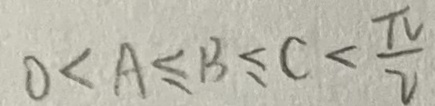
0 < A \leq B \leq c < \frac { \pi } { 2 }